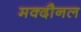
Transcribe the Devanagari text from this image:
मक्दौनल